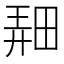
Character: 𤲌